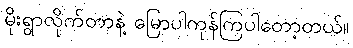
မိုးရွာလိုက်တာနဲ့ မြောပါကုန်ကြပါတော့တယ်။